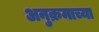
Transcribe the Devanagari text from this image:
अनुक्रमाच्या